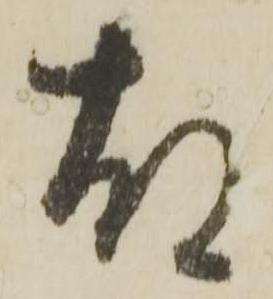
故